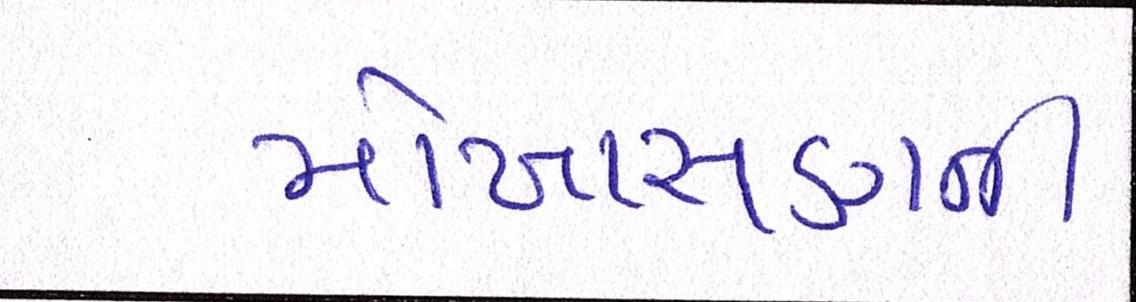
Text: મોખાસણની